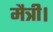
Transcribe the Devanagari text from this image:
मैत्री।